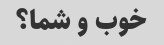
خوب و شما؟